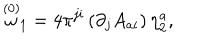
LaTeX: \stackrel { ( 0 ) } { \omega } _ { 1 } = 4 \pi ^ { j i } \left( \partial _ { j } A _ { a i } \right) \eta _ { 2 } ^ { a } ,